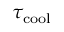
\tau _ { \mathrm { c o o l } }